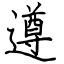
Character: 遵